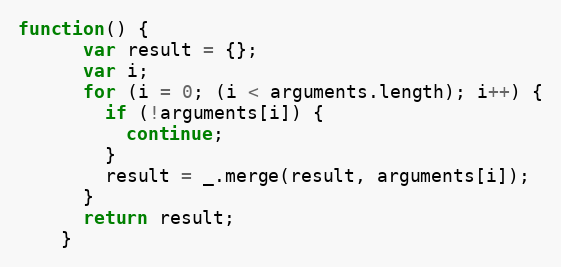
Language: JavaScript
function() {
      var result = {};
      var i;
      for (i = 0; (i < arguments.length); i++) {
        if (!arguments[i]) {
          continue;
        }
        result = _.merge(result, arguments[i]);
      }
      return result;
    }